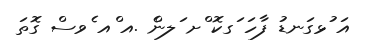
އަ ުޅގަނޑު ފާހަ ަގކޮ ްށ ަލންެ .އ ްއ ެވސް ގޮތަ